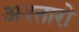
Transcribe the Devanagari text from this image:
अवतारो